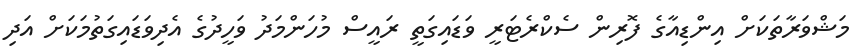
މަޝްވަރާތަކަށް އިންޑިއާގެ ފޮރިން ސެކްރެޓަރީ ވަޑައިގަތީ ރައީސް މުހަންމަދު ވަހީދުގެ އެދިވަޑައިގަތުމަކަށް އަދި